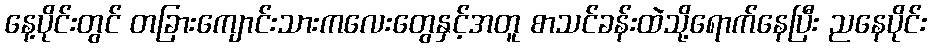
နေ့ပိုင်းတွင် တခြားကျောင်းသားကလေးတွေနှင့်အတူ စာသင်ခန်းထဲသို့ရောက်နေပြီး ညနေပိုင်း